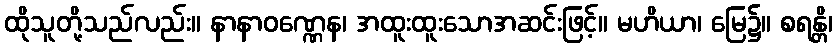
ထိုသူတို့သည်လည်း။ နာနာဝဏ္ဏေန၊ အထူးထူးသောအဆင်းဖြင့်။ မဟိယာ၊ မြေ၌။ စရန္တိ၊